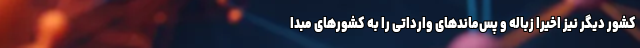
کشور دیگر نیز اخیرا زباله و پس‌ماندهای وارداتی را به کشورهای مبدا